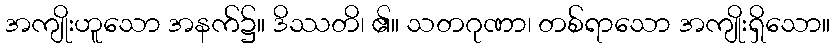
အကျိုးဟူသော အနက်၌။ ဒိဿတိ၊ ၏။ သတဂုဏာ၊ တစ်ရာသော အကျိုးရှိသော။